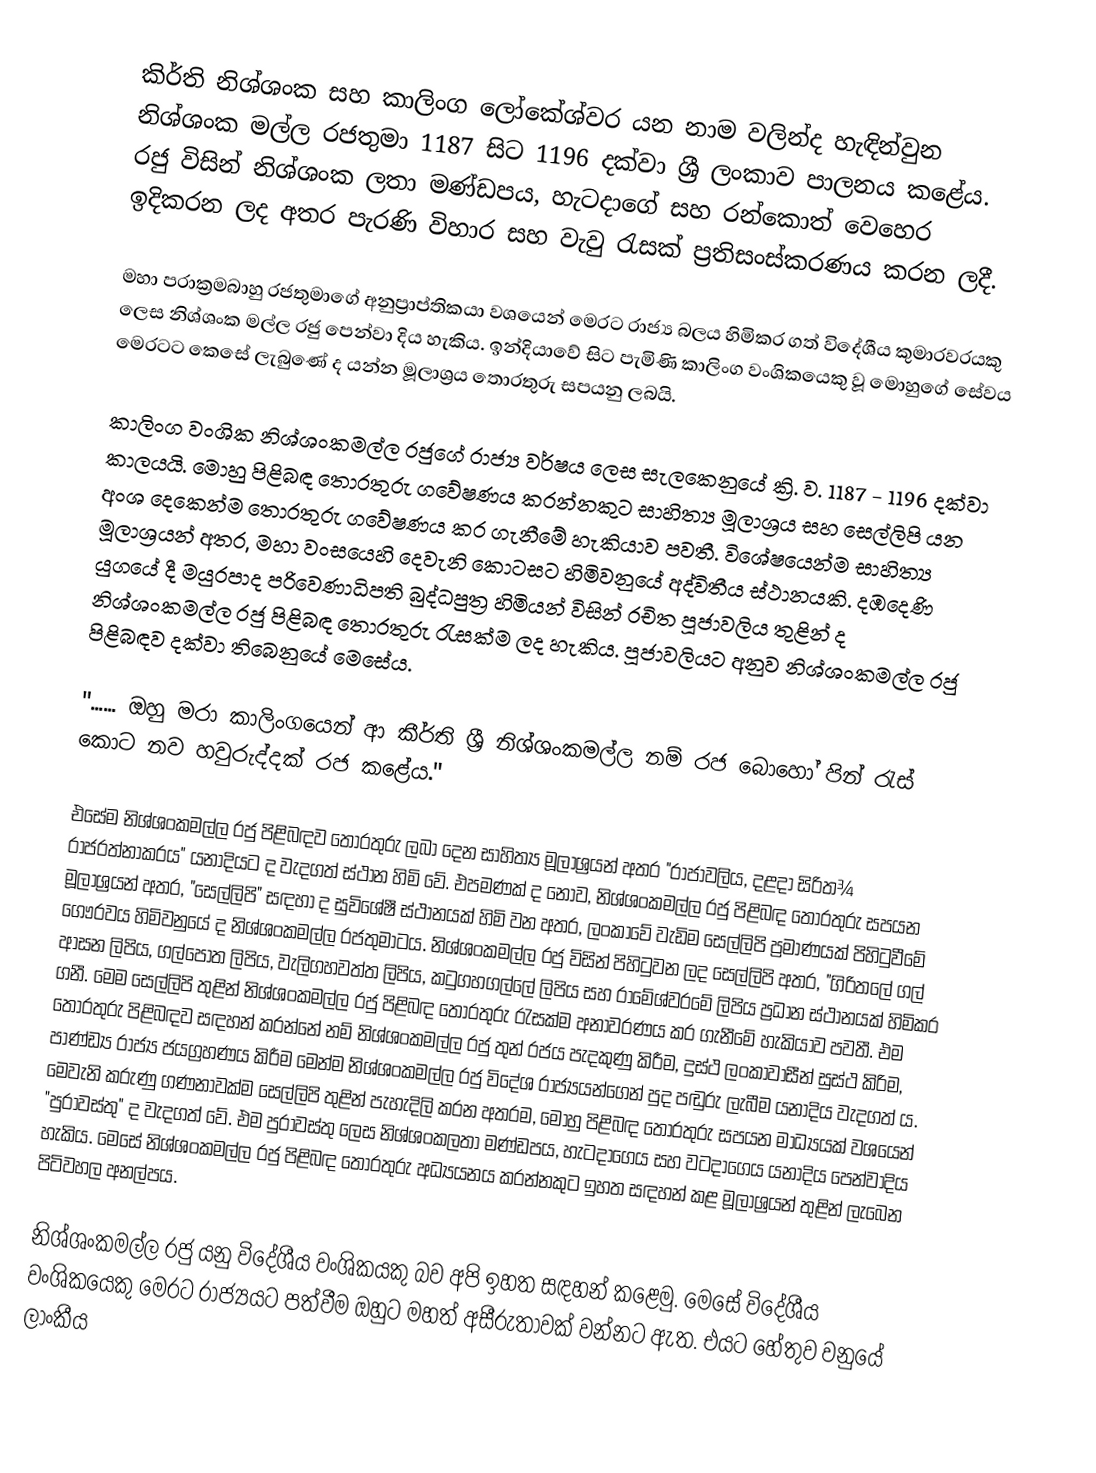
කිර්ති නිශ්ශංක සහ කාලිංග ලෝකේශ්වර යන නාම වලින්ද හැඳින්වුන නිශ්ශංක මල්ල රජතුමා 1187 සිට 1196 දක්වා ශ්‍රී ලංකාව පාලනය කළේය. රජු විසින් නිශ්ශංක ලතා මණ්ඩපය, හැටදාගේ සහ රන්කොත් වෙහෙර ඉදිකරන ලද අතර පැරණි විහාර සහ වැවු රැසක් ප්‍රතිසංස්කරණය කරන ලදී.

මහා පරාක්‍රමබාහු රජතුමාගේ අනුප්‍රාප්තිකයා වශයෙන් මෙරට රාජ්‍ය බලය හිමිකර ගත් විදේශීය කුමාරවරයකු ලෙස නිශ්ශංක මල්ල රජු පෙන්වා දිය හැකිය. ඉන්දියාවේ සිට පැමිණි කාලිංග වංශිකයෙකු වූ මොහුගේ සේවය මෙරටට කෙසේ ලැබුණේ ද යන්න මූලාශ්‍රය තොරතුරු සපයනු ලබයි.

කාලිංග වංශික නිශ්ශංකමල්ල රජුගේ රාජ්‍ය වර්ෂය ලෙස සැලකෙනුයේ ක්‍රි. ව. 1187 - 1196 දක්‌වා කාලයයි. මොහු පිළිබඳ තොරතුරු ගවේෂණය කරන්නකුට සාහිත්‍ය මූලාශ්‍රය සහ සෙල්ලිපි යන අංශ දෙකෙන්ම තොරතුරු ගවේෂණය කර ගැනීමේ හැකියාව පවතී. විශේෂයෙන්ම සාහිත්‍ය මූලාශ්‍රයන් අතර, මහා වංසයෙහි දෙවැනි කොටසට හිමිවනුයේ අද්විතීය ස්‌ථානයකි. දඹදෙණි යුගයේ දී මයුරපාද පරිවෙණාධිපති බුද්ධපුත්‍ර හිමියන් විසින් රචිත පූජාවලිය තුළින් ද නිශ්ශංකමල්ල රජු පිළිබඳ තොරතුරු රැසක්‌ම ලද හැකිය. පූජාවලියට අනුව නිශ්ශංකමල්ල රජු පිළිබඳව දක්‌වා තිබෙනුයේ මෙසේය.

"...... ඔහු මරා කාලිංගයෙන් ආ කීර්ති ශ්‍රී නිශ්ශංකමල්ල නම් රජ බොහෝ පින් රැස්‌ කොට නව හවුරුද්දක්‌ රජ කළේය."

එසේම නිශ්ශංකමල්ල රජු පිළිබඳව තොරතුරු ලබා දෙන සාහිත්‍ය මූලාශ්‍රයන් අතර "රාජාවලිය, දළදා සිරිත¾ රාජරත්නාකරය" යනාදියට ද වැදගත් ස්‌ථාන හිමි වේ. එපමණක්‌ ද නොව, නිශ්ශංකමල්ල රජු පිළිබඳ තොරතුරු සපයන මූලාශ්‍රයන් අතර, "සෙල්ලිපි" සඳහා ද සුවිශේෂී ස්‌ථානයක්‌ හිමි වන අතර, ලංකාවේ වැඩිම සෙල්ලිපි ප්‍රමාණයක්‌ පිහිටුවීමේ ගෞරවය හිමිවනුයේ ද නිශ්ශංකමල්ල රජතුමාටය. නිශ්ශංකමල්ල රජු විසින් පිහිටුවන ලද සෙල්ලිපි අතර, "ගිරිතලේ ගල් ආසන ලිපිය, ගල්පොත ලිපිය, වැලිගහවත්ත ලිපිය, කටුගහගල්ලේ ලිපිය සහ රාමේශ්වරමේ ලිපිය ප්‍රධාන ස්‌ථානයක්‌ හිමිකර ගනී. මෙම සෙල්ලිපි තුළින් නිශ්ශංකමල්ල රජු පිළිබඳ තොරතුරු රැසක්‌ම අනාවරණය කර ගැනීමේ හැකියාව පවතී. එම තොරතුරු පිළිබඳව සඳහන් කරන්නේ නම් නිශ්ශංකමල්ල රජු තුන් රජය පැදකුණු කිරීම, දුස්‌ථ ලංකාවාසීන් සුස්‌ථ කිරිම, පාණ්‌ඩ්‍ය රාජ්‍ය ජයග්‍රහණය කිරීම මෙන්ම නිශ්ශංකමල්ල රජු විදේශ රාජ්‍යයන්ගෙන් පුද පඬුරු ලැබීම යනාදිය වැදගත් ය. මෙවැනි කරුණු ගණනාවක්‌ම සෙල්ලිපි තුළින් පැහැදිලි කරන අතරම, මොහු පිළිබඳ තොරතුරු සපයන මාධ්‍යයක්‌ වශයෙන් "පුරාවස්‌තු" ද වැදගත් වේ. එම පුරාවස්‌තු ලෙස නිශ්ශංකලතා මණ්‌ඩපය, හැටදාගෙය සහ වටදාගෙය යනාදිය පෙන්වාදිය හැකිය. මෙසේ නිශ්ශංකමල්ල රජු පිළිබඳ තොරතුරු අධ්‍යයනය කරන්නකුට ඉහත සඳහන් කළ මූලාශ්‍රයන් තුළින් ලැබෙන පිටිවහල අනල්පය.

නිශ්ශංකමල්ල රජු යනු විදේශීය වංශිකයකු බව අපි ඉහත සඳහන් කළෙමු. මෙසේ විදේශීය වංශිකයෙකු මෙරට රාජ්‍යයට පත්වීම ඔහුට මහත් අසීරුතාවක්‌ වන්නට ඇත. එයට හේතුව වනුයේ ලාංකීය